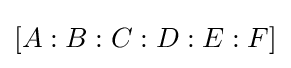
[A:B:C:D:E:F]